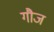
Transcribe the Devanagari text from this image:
गौज